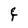
Character: F